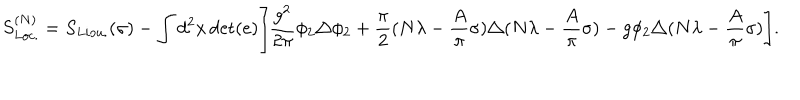
S _ { L o c . } ^ { ( N ) } = S _ { L i o u . } ( \sigma ) - \int d ^ { 2 } x \det ( e ) \Biggl [ { \frac { g ^ { 2 } } { 2 \pi } } \phi _ { 2 } \triangle \phi _ { 2 } + { \frac { \pi } { 2 } } ( N \lambda - { \frac { A } { \pi } } \sigma ) \triangle ( N \lambda - { \frac { A } { \pi } } \sigma ) - g \phi _ { 2 } \triangle ( N \lambda - { \frac { A } { \pi } } \sigma ) \Biggr ] .